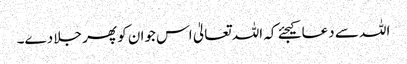
اللہ سے دعا کیجئے کہ اللہ تعالیٰ اس جوان کو پھر جلا دے۔